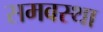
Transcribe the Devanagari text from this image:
समवस्था